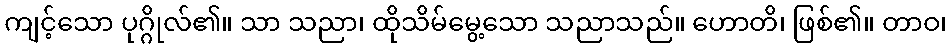
ကျင့်သော ပုဂ္ဂိုလ်၏။ သာ သညာ၊ ထိုသိမ်မွေ့သော သညာသည်။ ဟောတိ၊ ဖြစ်၏။ တာဝ၊